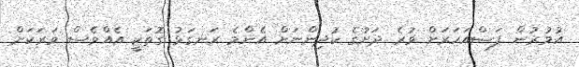
އުމުރުން ފަސްއަހަރަށް ވުރެ ދަށުގެ ކުދިންނަށް އެންމެ ރަނގަޅު ގޮތަކީ އެއްވެސް ވަރަކަށް